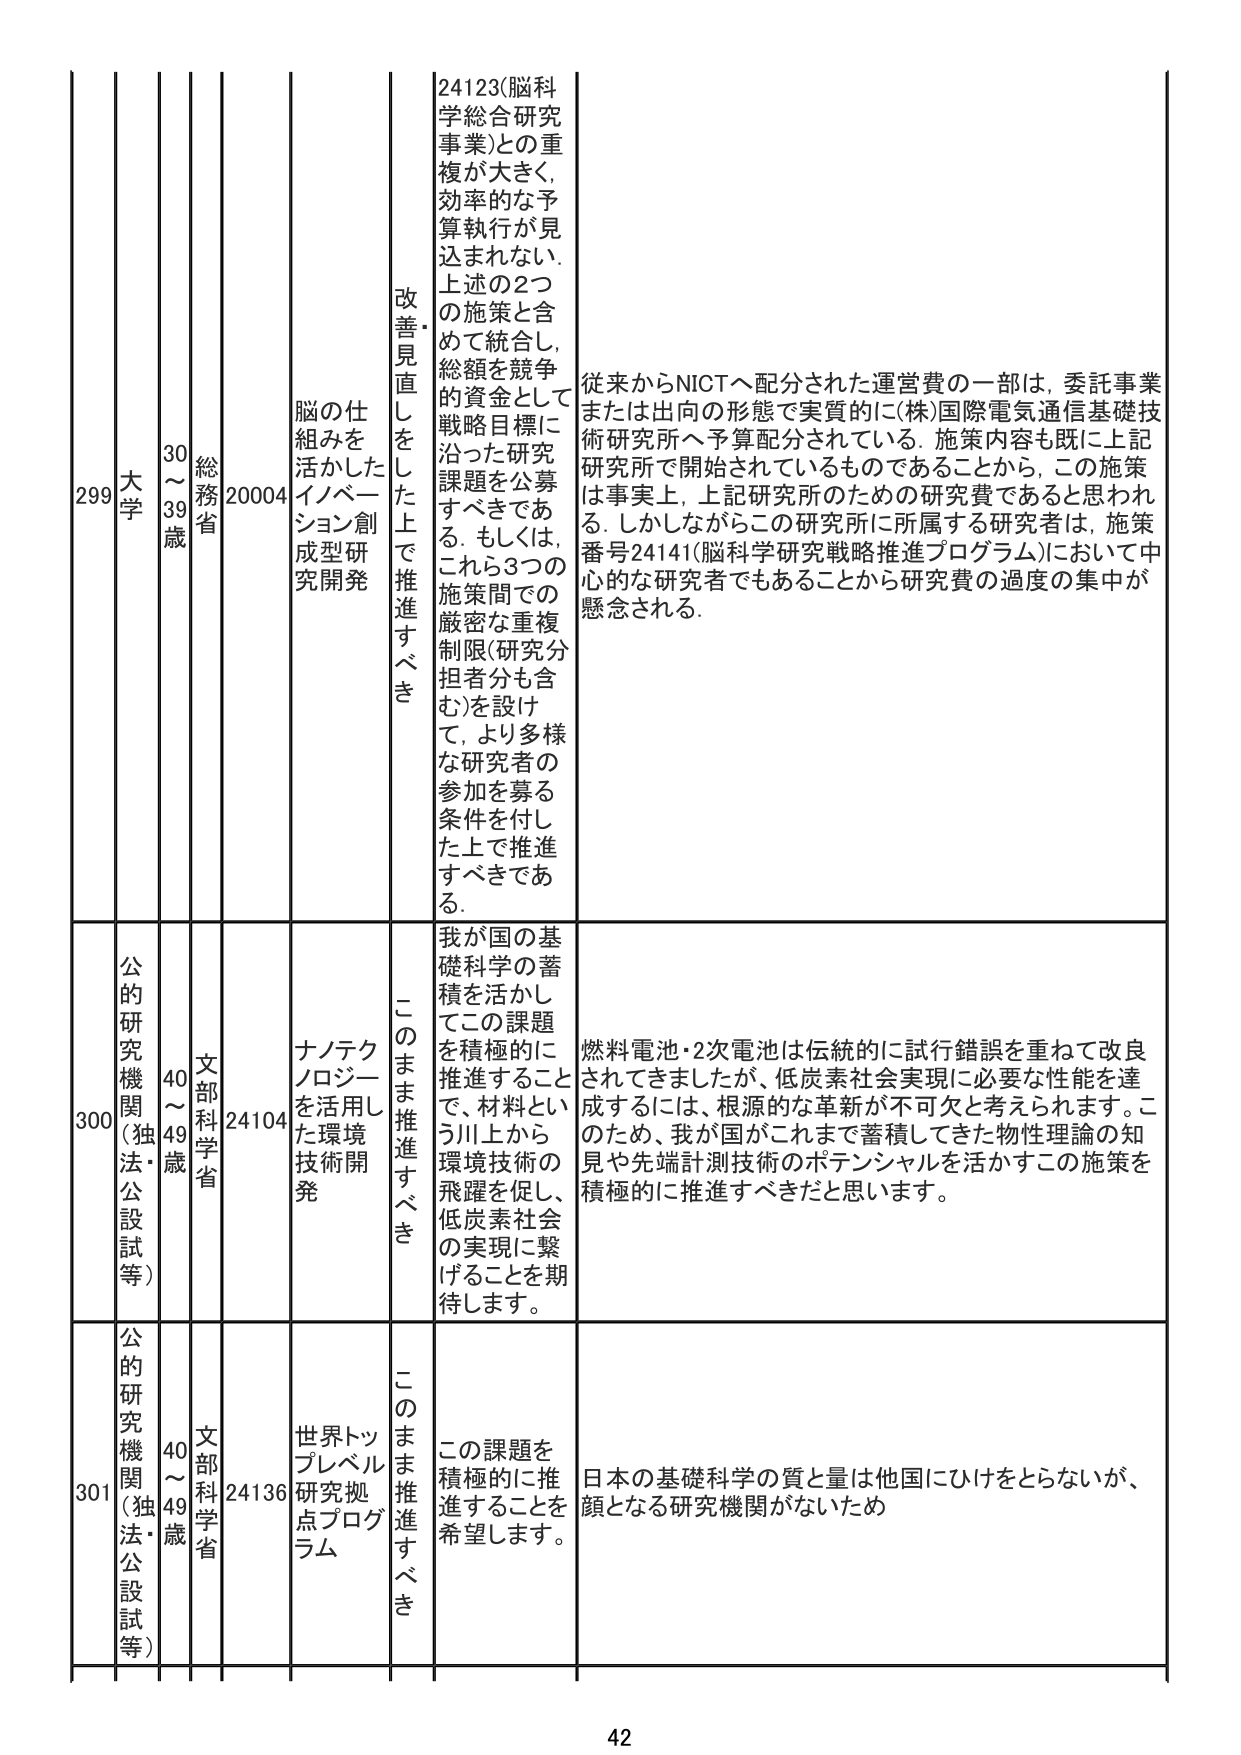
299 大学 30～39歳 総務省 20004 脳の仕組みを活かしたイノベーション創成型研究開発 改善・見直しをした上で推進すべき 24123(脳科学総合研究事業)との重複が大きく、効率的な予算執行が見込まれない。上述の2つの施策と含めて統合し、総額を競争的資金として戦略目標に沿った研究課題を公募すべきである。もしくは、これら3つの施策間での厳密な重複制限(研究分担者分も含む)を設けて、より多様な研究者の参加を募る条件を付した上で推進すべきである。 従来からNICTへ配分された運営費の一部は、委託事業または出向の形態で実質的に(株)国際電気通信基礎技術研究所へ予算配分されている。施策内容も既に上記研究所で開始されているものであることから、この施策は事実上、上記研究所のための研究費であると思われる。しかしながらこの研究所に所属する研究者は、施策番号24141(脳科学研究戦略推進プログラム)において中心的な研究者でもあることから研究費の過度の集中が懸念される。

300 公的研究機関(独法・公設試等) 40～49歳 文部科学省 24104 ナノテクノロジーを活用した環境技術開発 このまま推進すべき 我が国の基礎科学の蓄積を活かしてこの課題を積極的に推進することで、材料という川上から環境技術の飛躍を促し、低炭素社会の実現に繋げることを期待します。 燃料電池・2次電池は伝統的に試行錯誤を重ねて改良されてきましたが、低炭素社会実現に必要な性能を達成するには、根源的な革新が不可欠と考えられます。このため、我が国がこれまで蓄積してきた物性理論の知見や先端計測技術のポテンシャルを活かすこの施策を積極的に推進すべきだと思います。

301 公的研究機関(独法・公設試等) 40～49歳 文部科学省 24136 世界トップレベル研究拠点プログラム このまま推進すべき この課題を積極的に推進することを希望します。 日本の基礎科学の質と量は他国にひけをとらないが、顔となる研究機関がないため

42